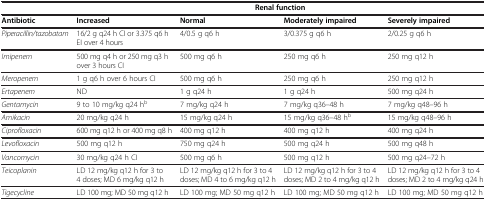
|  | <COLSPAN=4> Renal function |
 | Antibiotic | Increased | Normal | Moderately impaired | Severely impaired |
 | --- | --- | --- | --- | --- |
 | Piperacillin/tazobatam | 16/2 g q24 h CI or 3.375 q6 h EI over 4 hours | 4/0.5 g q6 h | 3/0.375 g q6 h | 2/0.25 g q6 h |
 | Imipenem | 500 mg q4 h or 250 mg q3 h over 3 hours CI | 500 mg q6 h | 250 mg q6 h | 250 mg q12 h |
 | Meropenem | 1 g q6 h over 6 hours CI | 500 mg q6 h | 250 mg q6 h | 250 mg q12 h |
 | Ertapenem | ND | 1 g q24 h | 1 g q24 h | 500 mg q24 h |
 | Gentamycin | 9 to 10 mg/kg q24 hb | 7 mg/kg q24 h | 7 mg/kg q36–48 h | 7 mg/kg q48–96 h |
 | Amikacin | 20 mg/kg q24 h | 15 mg/kg q24 h | 15 mg/kg q36–48 hb | 15 mg/kg q48–96 h |
 | Ciprofloxacin | 600 mg q12 h or 400 mg q8 h | 400 mg q12 h | 400 mg q12 h | 400 mg q24 h |
 | Levofloxacin | 500 mg q12 h | 750 mg q24 h | 500 mg q24 h | 500 mg q48 h |
 | Vancomycin | 30 mg/kg q24 h CI | 500 mg q6 h | 500 mg q12 h | 500 mg q24–72 h |
 | Teicoplanin | LD 12 mg/kg q12 h for 3 to 4 doses; MD 6 mg/kg q12 h | LD 12 mg/kg q12 h for 3 to 4 doses; MD 4 to 6 mg/kg q12 h | LD 12 mg/kg q12 h for 3 to 4 doses; MD 2 to 4 mg/kg q12 h | LD 12 mg/kg q12 h for 3 to 4 doses; MD 2 to 4 mg/kg q24 h |
 | Tigecycline | LD 100 mg; MD 50 mg q12 h | LD 100 mg; MD 50 mg q12 h | LD 100 mg; MD 50 mg q12 h | LD 100 mg; MD 50 mg q12 h |